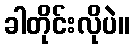
ခါတိုင်းလိုပဲ။